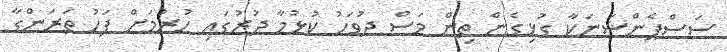
ސަސްޕެންޝަނަކާ ގުޅިގެން ތިން މަސް ދުވަހު ކުޅުމާ ދުރުގައި ހުރުމަށް ފަހު ތަރަންގާ